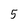
Character: 5